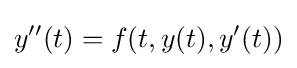
y''(t)=f(t,y(t),y'(t))